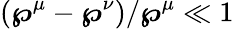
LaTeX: (\boldsymbol{\wp}^{\mu}-\boldsymbol{\wp}^{\nu})/\boldsymbol{\wp}^{\mu}\ll 1